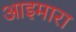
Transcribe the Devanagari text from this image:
आइमारा